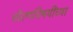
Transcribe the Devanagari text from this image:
धोरणविषयींच्या